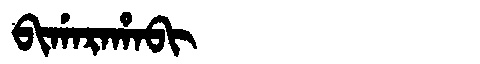
Manchu: ᠪᡳᡤᠠᡵᠠᡥᠠᠪᡳ
Romanization: BIGARAHABI